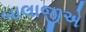
બાલાજીએ